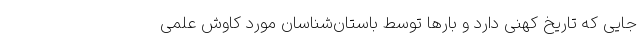
جایی که تاریخ کهنی دارد و بارها توسط باستان‌شناسان مورد کاوش علمی